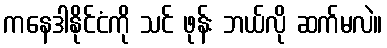
ကနေဒါနိုင်ငံကို သင် ဖုန်း ဘယ်လို ဆက်မလဲ။